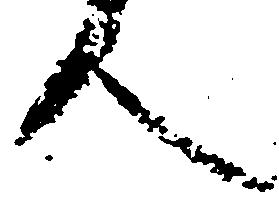
人